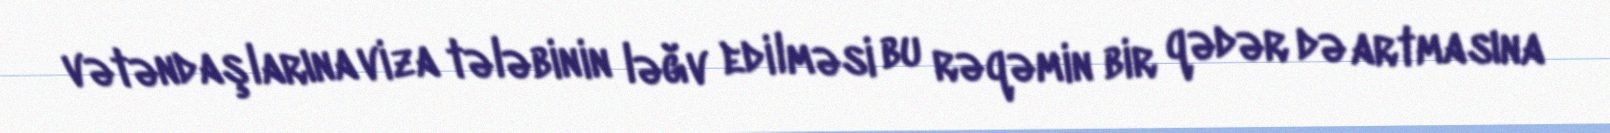
vətəndaşlarına viza tələbinin ləğv edilməsi bu rəqəmin bir qədər də artmasına